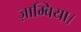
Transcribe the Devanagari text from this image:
ज़ाम्बिया।